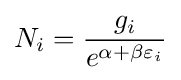
N_{i}={\frac {g_{i}}{e^{\alpha +\beta \varepsilon _{i}}}}